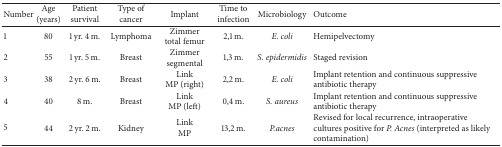
<table><thead><tr><td><b>Number</b></td><td><b>Age (years)</b></td><td><b>Patient survival</b></td><td><b>Type of cancer</b></td><td><b>Implant</b></td><td><b>Time to infection</b></td><td><b>Microbiology</b></td><td><b>Outcome</b></td></tr></thead><tbody><tr><td>1</td><td>80</td><td>1 yr. 4 m.</td><td>Lymphoma</td><td>Zimmertotal femur</td><td>2,1 m.</td><td><i>E. coli </i></td><td>Hemipelvectomy </td></tr><tr><td>2</td><td>55</td><td>1 yr. 5 m.</td><td>Breast</td><td>Zimmersegmental</td><td>1,3 m.</td><td><i>S. epidermidis </i></td><td>Staged revision</td></tr><tr><td>3</td><td>38</td><td>2 yr. 6 m.</td><td>Breast</td><td>LinkMP (right)</td><td>2,2 m.</td><td><i>E. coli </i></td><td>Implant retention and continuous suppressive antibiotic therapy</td></tr><tr><td>4</td><td>40</td><td>8 m.</td><td>Breast</td><td>LinkMP (left)</td><td>0,4 m.</td><td><i>S. aureus </i></td><td>Implant retention and continuous suppressive antibiotic therapy</td></tr><tr><td>5</td><td>44</td><td>2 yr. 2 m.</td><td>Kidney</td><td>LinkMP</td><td>13,2 m.</td><td><i>P.acnes </i></td><td>Revised for local recurrence, intraoperative cultures positive for <i>P. Acnes</i> (interpreted as likely contamination)</td></tr></tbody></table>